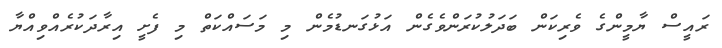
ރައީސް ޔާމީންގެ ވެރިކަން ބަދަލުކުރަންވެގެން އަޅުގަނޑުމެން މި މަސައްކަތް މި ފެށީ އިރާދަކުރެއްވިއްޔާ